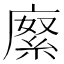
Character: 𢊨